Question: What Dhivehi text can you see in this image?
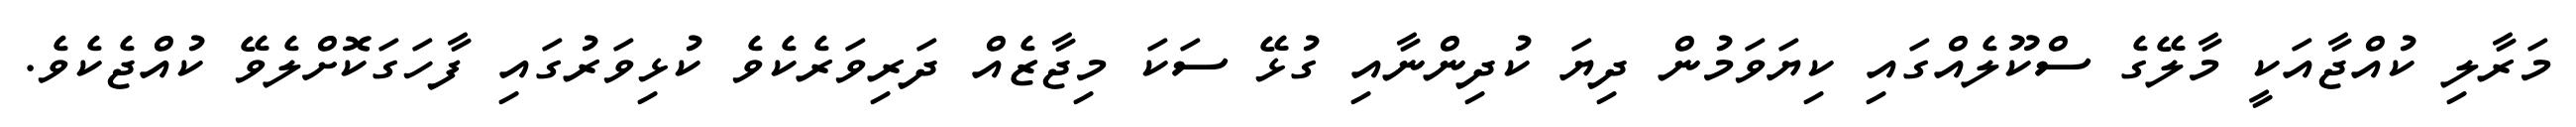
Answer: މަރާލި ކުއްޖާއަކީ މާލޭގެ ސްކޫލެއްގައި ކިޔަވަމުން ދިޔަ ކުދިންނާއި ގުޅޭ ސަކަ މިޖާޒެއް ދަރިވަރެކެވެ ކުޅިވަރުގައި ފާހަގަކޮށްލެވޭ ކުއްޖެކެވެ.